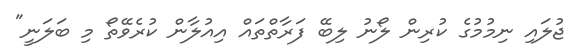
ޖުލައި ނިމުމުގެ ކުރިން ލޯނު ލިބޭ ފަރާތްތައް އިއުލާން ކުރެވޭތޯ މި ބަލަނީ"